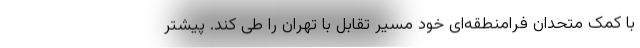
با کمک متحدان فرامنطقه‌ای خود مسیر تقابل با تهران را طی کند. پیشتر